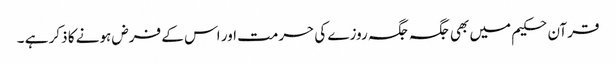
قرآن حکیم میں بھی جگہ جگہ روزے کی حرمت اور اس کے فرض ہونے کا ذکر ہے ۔